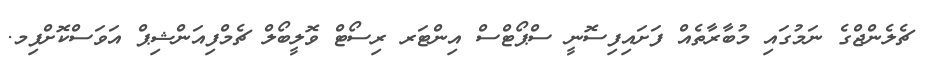
ޗެލެންޖްގެ ނަމުގައި މުބާރާތެއް ފަށައިފިސޮނީ ސްޕޯޓްސް އިންޓަރ ރިސޯޓް ވޮލީބޯލް ޗެމްފިއަންޝިޕް އަވަސްކޮށްފިމ.